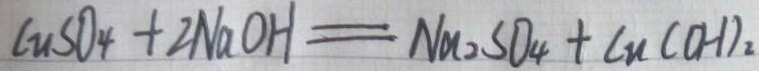
C u S O _ { 4 } + 2 N a O H = N a _ { 2 } S O _ { 4 } + C u ( O H ) _ { 2 }